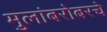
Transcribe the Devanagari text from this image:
मुलांबरोबरचे